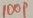
Text: 100P